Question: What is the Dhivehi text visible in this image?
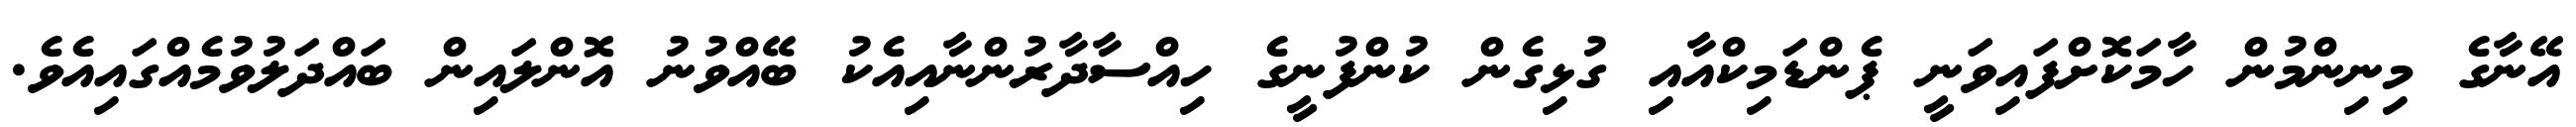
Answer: އޭނާގެ މިނިންމުން ހާމަކޮށްފައިވަނީ ޕެންޑަމިކްއާއި ގުޅިގެން ކުންފުނީގެ ހިއްސާދާރުންނާއިއެކު ބޭއްވުނު އޮންލައިން ބައްދަލުވުމެއްގައިއެވެ.